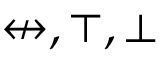
\not \leftrightarrow , \top , \bot